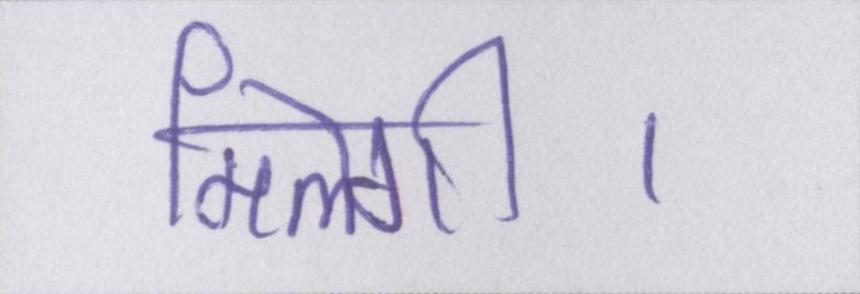
मिलेगी।